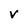
Character: V